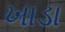
ખાડા